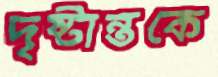
দৃষ্টান্তকে